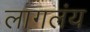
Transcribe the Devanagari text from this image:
लागलंय